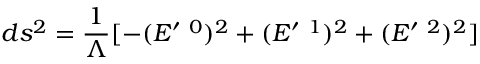
d s ^ { 2 } = \frac { 1 } { \Lambda } [ - ( E ^ { \prime \mathrm { ~ } 0 } ) ^ { 2 } + ( E ^ { \prime \mathrm { ~ } 1 } ) ^ { 2 } + ( E ^ { \prime \mathrm { ~ } 2 } ) ^ { 2 } ]